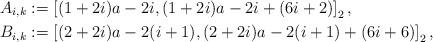
LaTeX: \begin{align*}A_{i,k} & := \left[(1 + 2 i) a - 2 i, (1 +2i) a - 2 i + (6i+2) \right]_2,\\B_{i,k} & := \left[(2 + 2 i) a - 2 (i+1), (2 + 2 i) a - 2 (i+1) + (6i+6) \right]_2,\end{align*}